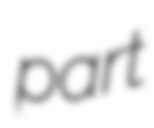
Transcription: part